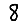
Digit: 8